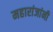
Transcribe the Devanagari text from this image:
महारांजांनी